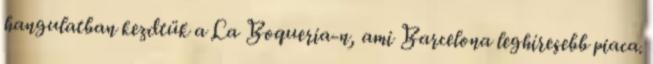
hangulatban kezdtük a La Boqueria-n, ami Barcelona leghíresebb piaca.